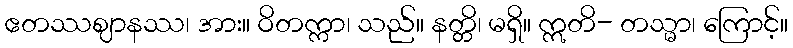
ဧတဿဈာနဿ၊ အား။ ဝိတက္ကာ၊ သည်။ နတ္တိ၊ မရှိ။ ဣတိ- တသ္မာ၊ ကြောင့်။